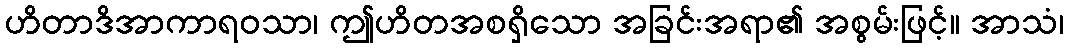
ဟိတာဒိအာကာရဝသာ၊ ဤဟိတအစရှိသော အခြင်းအရာ၏ အစွမ်းဖြင့်။ အာသံ၊